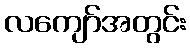
လကျော်အတွင်း